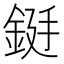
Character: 𮡻